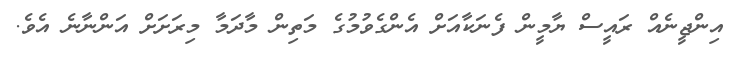
އިންޖީނެއް ރައީސް ޔާމީން ފެނަކާއަށް އެންގެވުމުގެ މަތިން މާދަމާ މިރަށަށް އަންނާނެ އެވެ.